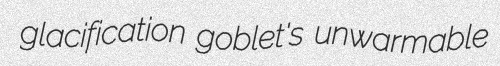
glacification goblet's unwarmable